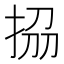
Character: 𭠱